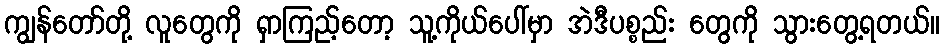
ကျွန်တော်တို့ လူတွေကို ရှာကြည့်တော့ သူ့ကိုယ်ပေါ်မှာ အဲဒီပစ္စည်း တွေကို သွားတွေ့ရတယ်။